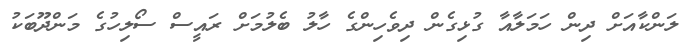
ލަންކާއަށް ދިން ހަމަލާއާ ގުޅިގެން ދިވެހިންގެ ހާލު ބެލުމަށް ރައީސް ސޯލިހުގެ މަންދޫބަކު